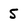
Character: 5